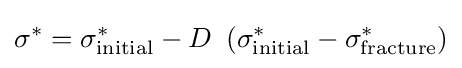
\sigma ^{*}=\sigma _{\rm {initial}}^{*}-D~\left(\sigma _{\rm {initial}}^{*}-\sigma _{\rm {fracture}}^{*}\right)